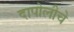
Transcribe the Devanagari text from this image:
दापोलीचे